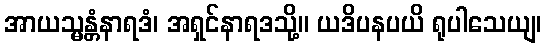
အာယသ္မန္တံနာရဒံ၊ အရှင်နာရဒသို့။ ယဒိပနပယိ ရုပါသေယျ၊